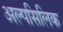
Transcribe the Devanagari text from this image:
अल्पसिलिक